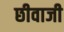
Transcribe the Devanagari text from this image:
छीवाजी